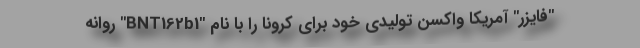
"فایزر" آمریکا واکسن تولیدی خود برای کرونا را با نام "BNT162b1" روانه